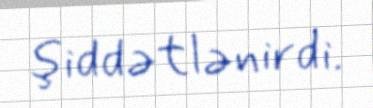
şiddətlənirdi.